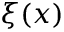
\xi ( \boldsymbol x )